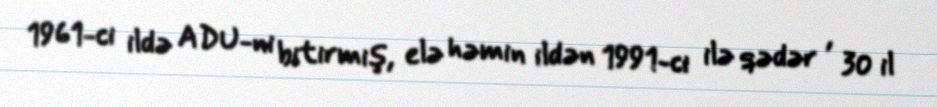
1961-ci ildə ADU-ni bitirmiş, elə həmin ildən 1991-ci ilə qədər , 30 il